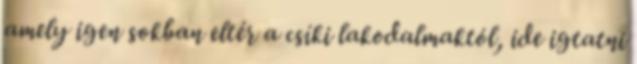
amely igen sokban eltér a csíki lakodalmaktól, ide igtatni